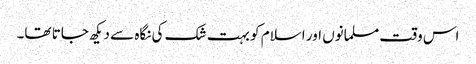
اس وقت مسلمانوں اور اسلام کو بہت شک کی نگاہ سے دیکھ جاتا تھا۔